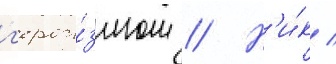
г'ерои́змом // Н'и́к /